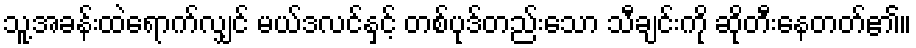
သူ့အခန်းထဲရောက်လျှင် မယ်ဒလင်နှင့် တစ်ပုဒ်တည်းသော သီချင်းကို ဆိုတီးနေတတ်၏။